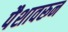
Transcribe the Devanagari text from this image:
पैशावरून